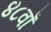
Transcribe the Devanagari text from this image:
४८वाँ